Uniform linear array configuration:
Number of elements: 8
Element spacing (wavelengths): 0.5
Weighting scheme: uniform
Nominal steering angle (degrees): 15
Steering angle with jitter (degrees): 16.845
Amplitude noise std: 0.05
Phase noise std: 0.05

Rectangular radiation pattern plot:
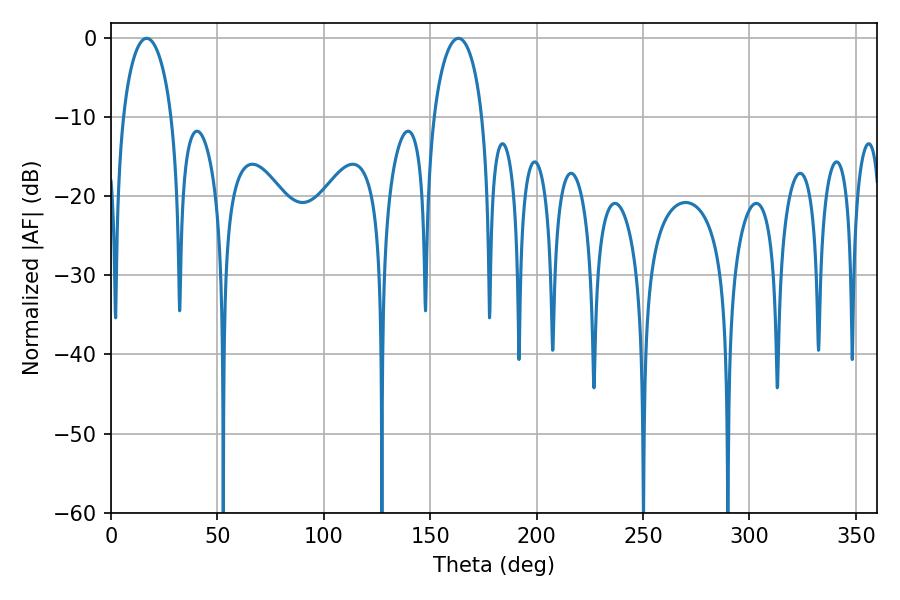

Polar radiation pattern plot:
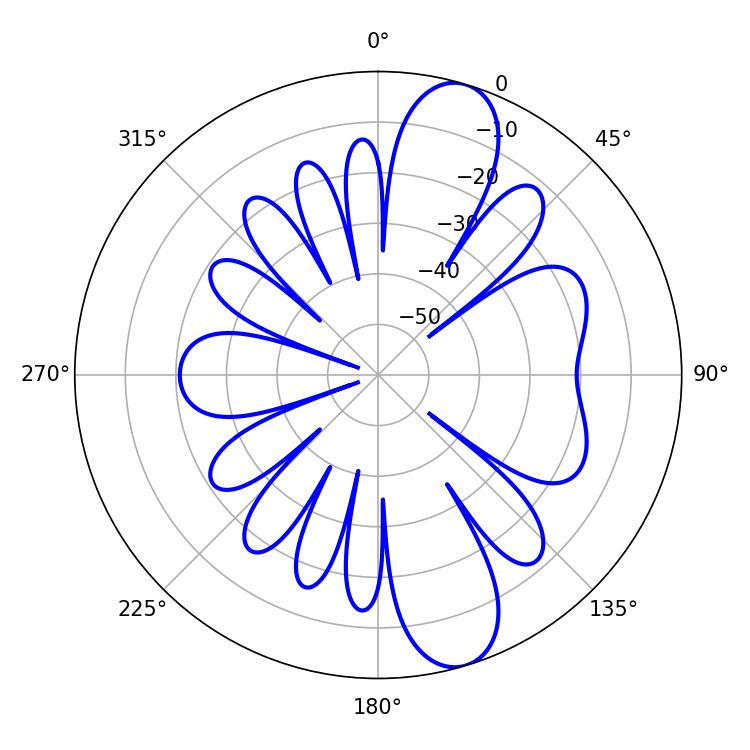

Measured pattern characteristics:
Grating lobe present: FALSE
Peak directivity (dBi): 11.021
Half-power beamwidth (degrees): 13.14
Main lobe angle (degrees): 163.26